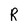
Character: R